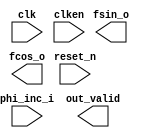

module NCO (
	clk,
	clken,
	phi_inc_i,
	fsin_o,
	fcos_o,
	out_valid,
	reset_n);	

	input		clk;
	input		clken;
	input	[31:0]	phi_inc_i;
	output	[9:0]	fsin_o;
	output	[9:0]	fcos_o;
	output		out_valid;
	input		reset_n;
endmodule